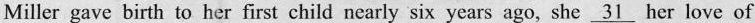
Miller gave birth to her first child nearly six years ago, she \underline{31} her _love of